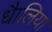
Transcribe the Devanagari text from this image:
धैालिया